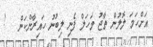
އަށްހަމަ ލޮލުން ތާޖު މަހަލް ފެނި ލިބުނު ހައިރާންކަން   !